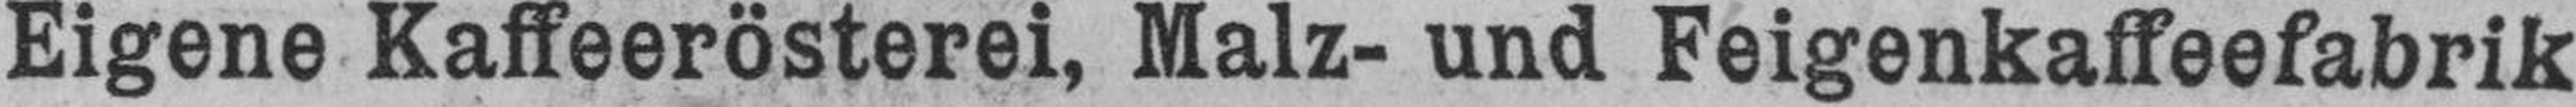
Eigene Kaffeerösterei, Malz- und Feigenkaffeefabrik